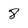
Character: 8